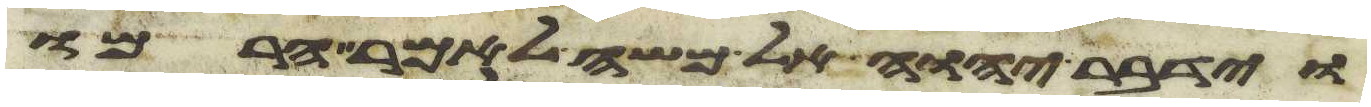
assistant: וידבר יהוה אל משה לאמר הרמו